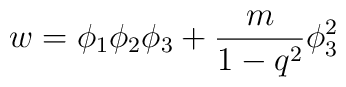
w = \phi_1\phi_2\phi_3 + \frac{m}{1-q^2} \phi_3^2